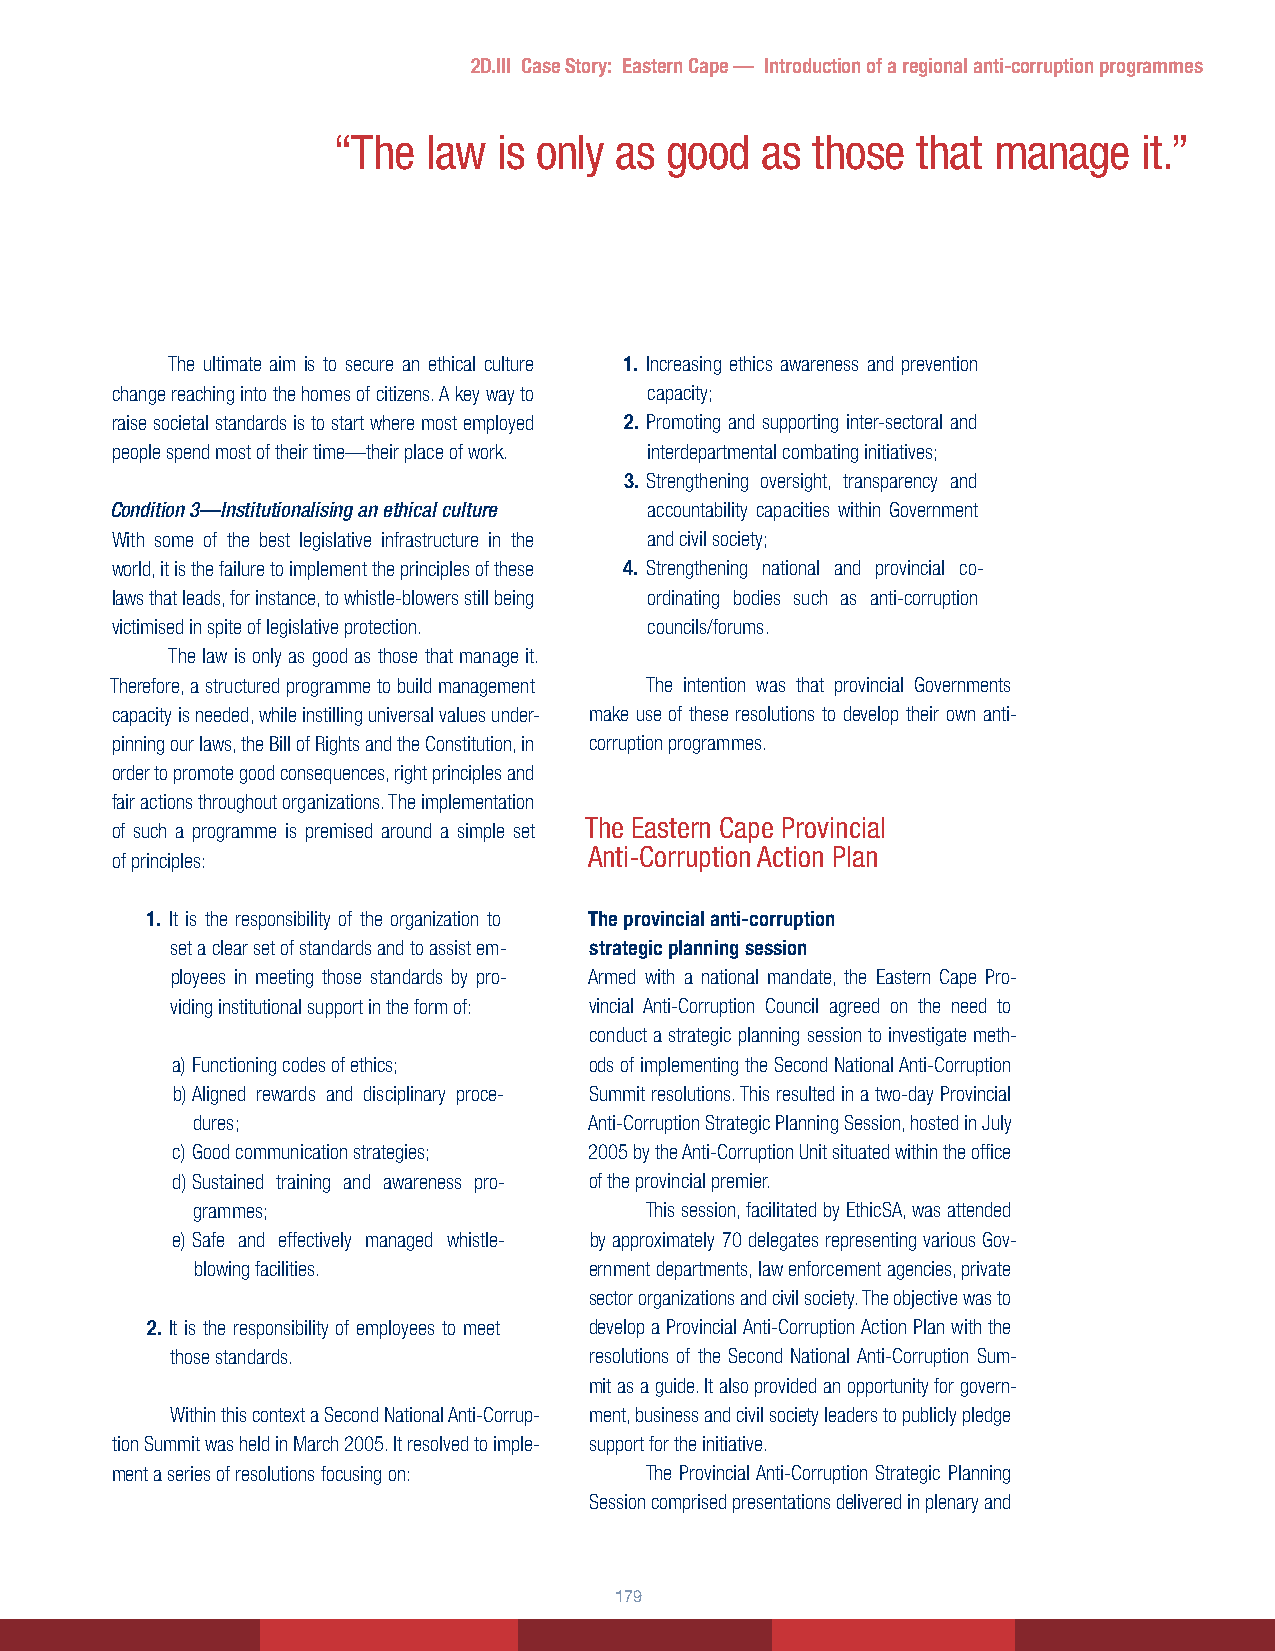
2D.III Case Story: Eastern Cape — Introduction of a regional anti-corruption programmes
 “The  law  is only as good  as  those  that manage    it.”
 The ultimate aim is to secure an ethical culture 1. Increasing ethics awareness and prevention
 change reaching into the homes of citizens. A key way to capacity;
 raise societal standards is to start where most employed 2. Promoting and supporting inter-sectoral and
 people spend most of their time—their place of work. interdepartmental combating initiatives;
 3. Strengthening oversight, transparency and
 Condition 3—Institutionalising an ethical culture accountability capacities within Government
 With some of the best legislative infrastructure in the and civil society;
 world, it is the failure to implement the principles of these 4. Strengthening national and provincial co-
 laws that leads, for instance, to whistle-blowers still being ordinating bodies such as anti-corruption
 victimised in spite of legislative protection. councils/forums.
 The law is only as good as those that manage it.
 Therefore, a structured programme to build management The intention was that provincial Governments
 capacity is needed, while instilling universal values under- make use of these resolutions to develop their own anti-
 pinning our laws, the Bill of Rights and the Constitution, in corruption programmes.
 order to promote good consequences, right principles and
 fair actions throughout organizations. The implementation
 The Eastern Cape Provincial
 of such a programme is premised around a simple set
 Anti-Corruption Action Plan
 of principles:
 1. It is the responsibility of the organization to The provincial anti-corruption
 set a clear set of standards and to assist em- strategic planning session
 ployees in meeting those standards by pro- Armed with a national mandate, the Eastern Cape Pro-
 viding institutional support in the form of: vincial Anti-Corruption Council agreed on the need to
 conduct a strategic planning session to investigate meth-
 a) Functioning codes of ethics; ods of implementing the Second National Anti-Corruption
 b) Aligned rewards and disciplinary proce- Summit resolutions. This resulted in a two-day Provincial
 dures;                    Anti-Corruption Strategic Planning Session, hosted in July
 c) Good communication strategies; 2005 by the Anti-Corruption Unit situated within the office
 d) Sustained training and awareness pro- of the provincial premier.
 grammes;                      This session, facilitated by EthicSA, was attended
 e) Safe and effectively managed whistle- by approximately 70 delegates representing various Gov-
 blowing facilities.       ernment departments, law enforcement agencies, private
 sector organizations and civil society. The objective was to
 2. It is the responsibility of employees to meet develop a Provincial Anti-Corruption Action Plan with the
 those standards.            resolutions of the Second National Anti-Corruption Sum-
 mit as a guide. It also provided an opportunity for govern-
 Within this context a Second National Anti-Corrup- ment, business and civil society leaders to publicly pledge
 tion Summit was held in March 2005. It resolved to imple- support for the initiative.
 ment a series of resolutions focusing on: The Provincial Anti-Corruption Strategic Planning
 Session comprised presentations delivered in plenary and
 11